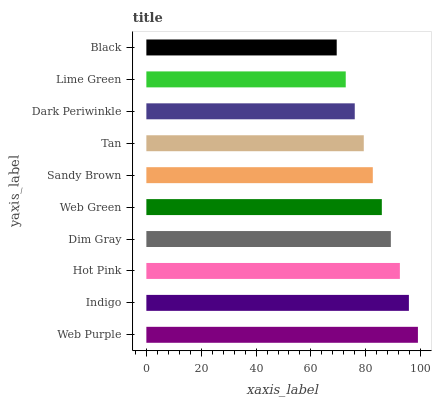
| yaxis_label | bars |
 | --- | --- |
 | Web Purple | 99 |
 | Indigo | 95.7 |
 | Hot Pink | 92.4 |
 | Dim Gray | 89.1 |
 | Web Green | 85.8 |
 | Sandy Brown | 82.6 |
 | Tan | 79.3 |
 | Dark Periwinkle | 76 |
 | Lime Green | 72.7 |
 | Black | 69.4 |